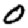
Digit: 0